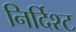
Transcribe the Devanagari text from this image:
निर्दिश्ट